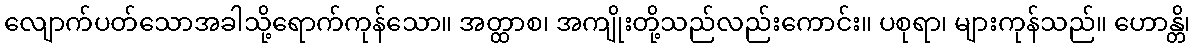
လျောက်ပတ်သောအခါသို့ရောက်ကုန်သော။ အတ္ထာစ၊ အကျိုးတို့သည်လည်းကောင်း။ ပစုရာ၊ များကုန်သည်။ ဟောန္တိ၊